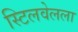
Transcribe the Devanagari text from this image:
स्टिलवेलला